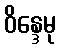
ဝိန္ဒေမု